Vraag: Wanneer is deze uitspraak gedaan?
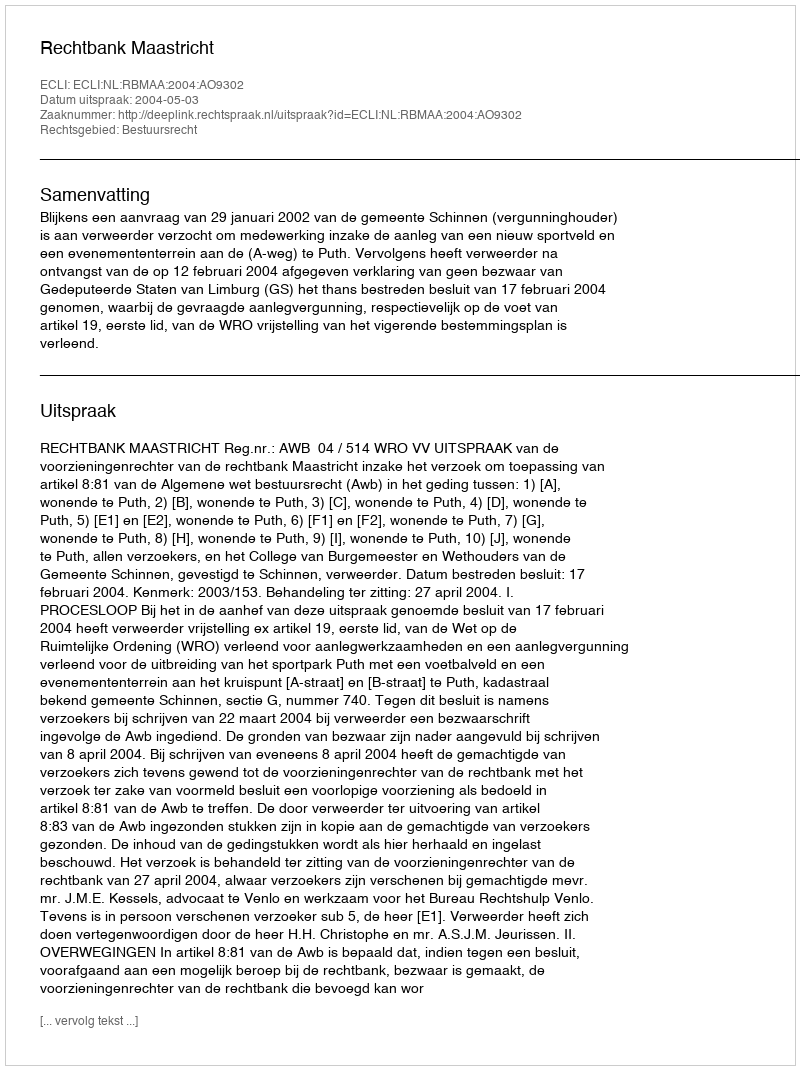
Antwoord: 2004-05-03